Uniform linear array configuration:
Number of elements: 16
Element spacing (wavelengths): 1
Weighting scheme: cosine
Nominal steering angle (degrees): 15
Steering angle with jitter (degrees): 15.835
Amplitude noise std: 0.05
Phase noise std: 0.05

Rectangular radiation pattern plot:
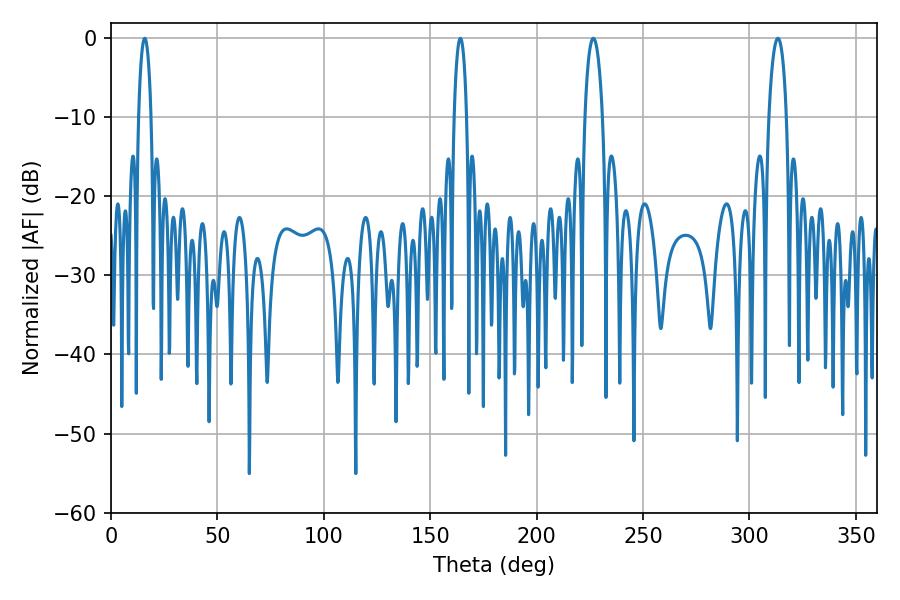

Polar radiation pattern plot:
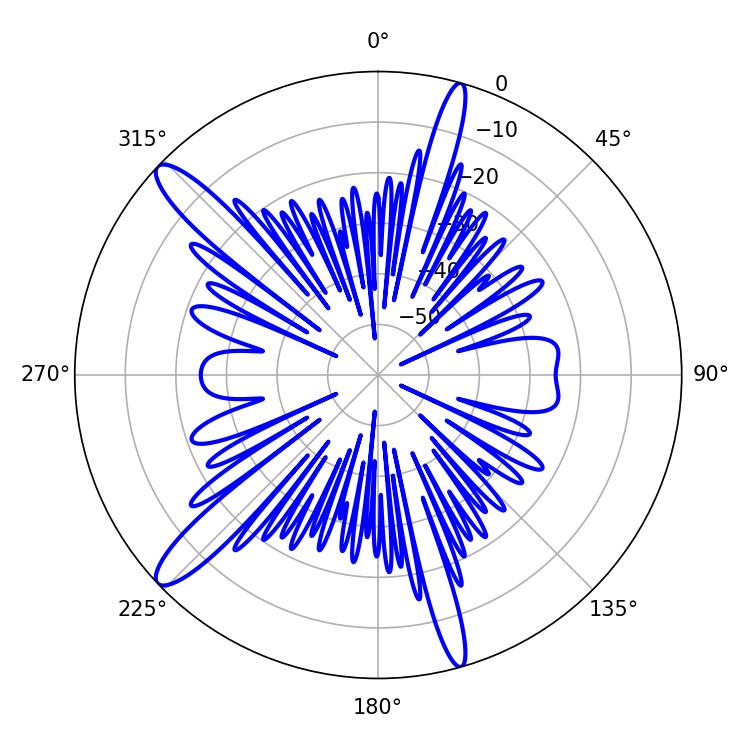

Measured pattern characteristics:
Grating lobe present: TRUE
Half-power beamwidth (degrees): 3.24
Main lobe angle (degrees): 15.84